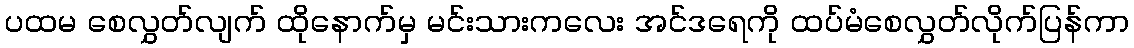
ပထမ စေလွှတ်လျက် ထိုနောက်မှ မင်းသားကလေး အင်ဒရေကို ထပ်မံစေလွှတ်လိုက်ပြန်ကာ